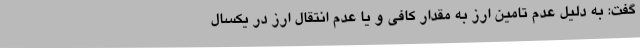
گفت: به دلیل عدم تامین ارز به مقدار کافی و یا عدم انتقال ارز در یکسال